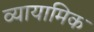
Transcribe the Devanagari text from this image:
व्यायामिक